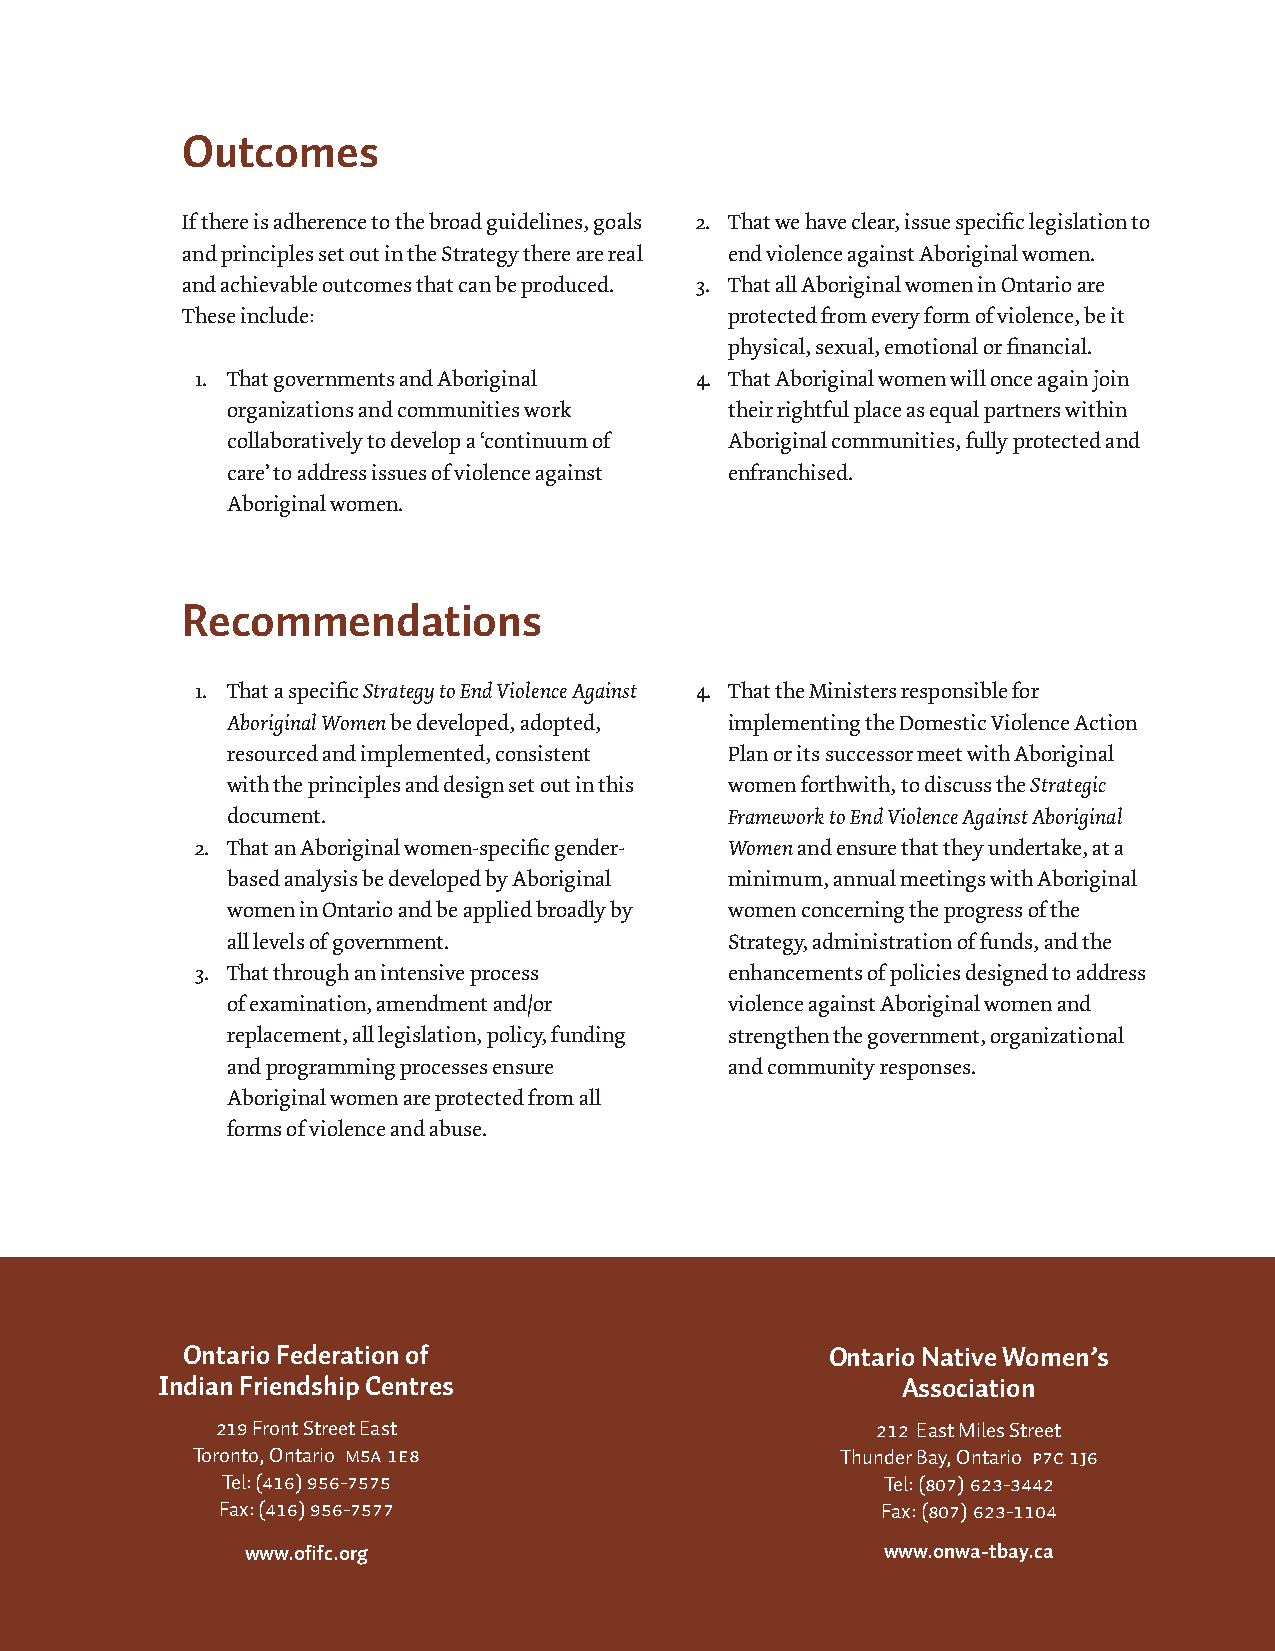
Outcomes
 If there is adherence to the broad guidelines, goals 2. That we have clear, issue specific legislation to
 and principles set out in the Strategy there are real end violence against Aboriginal women.
 and achievable outcomes that can be produced. 3. That all Aboriginal women in Ontario are
 These include:                      protected from every form of violence, be it
 physical, sexual, emotional or financial.
 1. That governments and Aboriginal 4. That Aboriginal women will once again join
 organizations and communities work their rightful place as equal partners within
 collaboratively to develop a ‘continuum of Aboriginal communities, fully protected and
 care’ to address issues of violence against enfranchised.
 Aboriginal women.
 Recommendations
 1. That a specific Strategy to End Violence Against 4. That the Ministers responsible for
 Aboriginal Women be developed, adopted, implementing the Domestic Violence Action
 resourced and implemented, consistent Plan or its successor meet with Aboriginal
 with the principles and design set out in this women forthwith, to discuss the Strategic
 document.                        Framework to End Violence Against Aboriginal
 2. That an Aboriginal women-specific gender- Women and ensure that they undertake, at a
 based analysis be developed by Aboriginal minimum, annual meetings with Aboriginal
 women in Ontario and be applied broadly by women concerning the progress of the
 all levels of government.        Strategy, administration of funds, and the
 3. That through an intensive process enhancements of policies designed to address
 of examination, amendment and/or violence against Aboriginal women and
 replacement, all legislation, policy, funding strengthen the government, organizational
 and programming processes ensure and community responses.
 Aboriginal women are protected from all
 forms of violence and abuse.
 Ontario Federation of                      Ontario Native Women’s
 Indian Friendship Centres                         Association
 219 Front Street East                       212 East Miles Street
 Toronto, Ontario M5A 1E8                   Thunder Bay, Ontario P7C 1J6
 Tel: (416) 956-7575                         Tel: (807) 623-3442
 Fax: (416) 956-7577                         Fax: (807) 623-1104
 www.ofifc.org                              www.onwa-tbay.ca